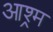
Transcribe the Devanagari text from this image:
आश्र्म